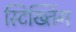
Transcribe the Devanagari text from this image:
स्टिख्तिंग